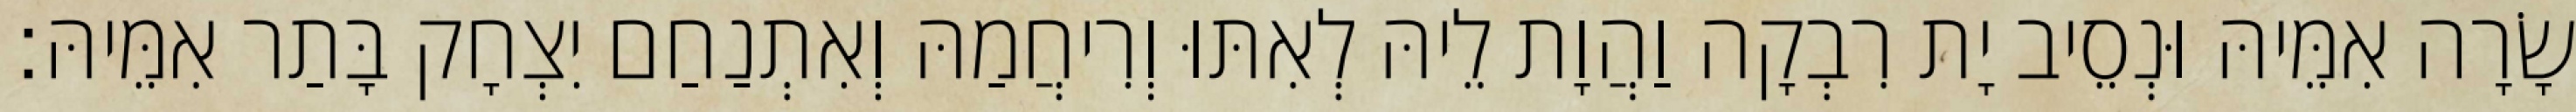
שָׂרָה אִמֵּיהּ וּנְסֵיב יָת רִבְקָה וַהֲוָת לֵיהּ לְאִתּוּ וְרִיחֲמַהּ וְאִתְנַחַם יִצְחָק בָּתַר אִמֵּיהּ׃